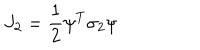
LaTeX: J _ { 2 } = { \frac { 1 } { 2 } } \psi ^ { T } \sigma _ { 2 } \psi